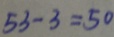
5 3 - 3 = 5 0